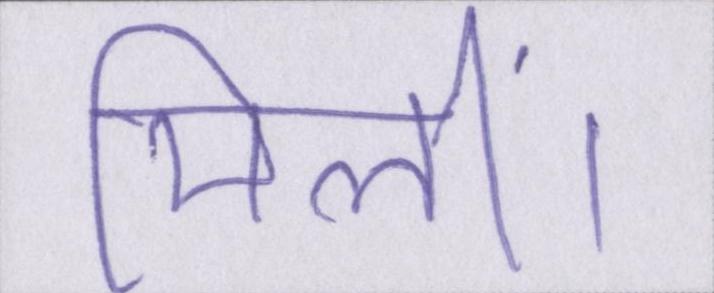
मिलीं।